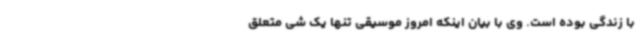
با زندگی بوده است. وی با بیان اینکه امروز موسیقی تنها یک شی متعلق